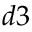
d 3